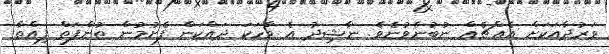
ވަރުދާއަކަށް އެއްޗެއް ނުބުނެވުނެވެ. ނާޝިދު އެ ވާހަކަ ދައްކަން ފެށުމުން ތުންފަތް ފިއްތާ